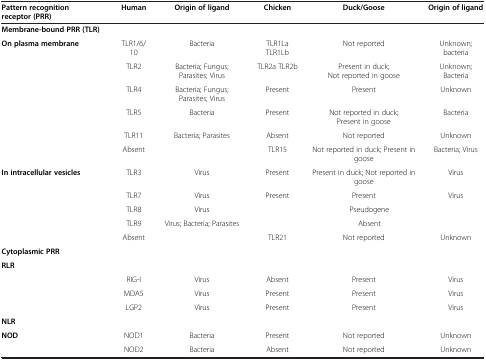
| Pattern recognition | Human | Origin of ligand | Chicken | Duck/Goose | Origin of ligand |
 | receptor (PRR) |  |  |  |  |  |
 | --- | --- | --- | --- | --- | --- |
 | <COLSPAN=6> Membrane-bound PRR (TLR) |
 | <ROWSPAN=6> On plasma membrane | TLR1/6/10 | Bacteria | TLR1La TLR1Lb | Not reported | Unknown; bacteria |
 | TLR2 | Bacteria; Fungus; Parasites; Virus | TLR2a TLR2b | Present in duck; Not reported in goose | Unknown; Bacteria |
 | TLR4 | Bacteria; Fungus; Parasites; Virus | Present | Present | Unknown |
 | TLR5 | Bacteria | Present | Not reported in duck; Present in goose | Bacteria |
 | TLR11 | Bacteria; Parasites | Absent | Not reported | Unknown |
 | Absent |  | TLR15 | Not reported in duck; Present in goose | Bacteria; Virus |
 | <ROWSPAN=5> In intracellular vesicles | TLR3 | Virus | Present | Present in duck; Not reported in goose | Virus |
 | TLR7 | Virus | Present | Present | Virus |
 | TLR8 | Virus | <COLSPAN=3> Pseudogene |
 | TLR9 | Virus; Bacteria; Parasites | <COLSPAN=3> Absent |
 | Absent |  | TLR21 | Not reported | Unknown |
 | <COLSPAN=6> Cytoplasmic PRR |
 | <COLSPAN=6> RLR |
 | <ROWSPAN=3>  | RIG-I | Virus | Absent | Present | Virus |
 | MDA5 | Virus | Present | Present | Virus |
 | LGP2 | Virus | Present | Present | Virus |
 | <COLSPAN=6> NLR |
 | <ROWSPAN=2> NOD | NOD1 | Bacteria | Present | Not reported | Unknown |
 | NOD2 | Bacteria | Absent | Not reported | Unknown |